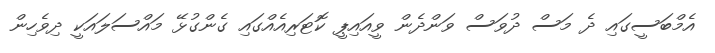
އެމްބަސީގައި ދެ މަސް ދުވަސް ވަންދެން ވީއައިޕީ ކޮޓަރިއެއްގައި ގެންގުޅޭ މައްސަލައަކީ ދިވެހިން